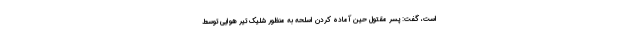
است، گفت: پسر مقتول حین آماده کردن اسلحه به منظور شلیک تیر هوایی توسط